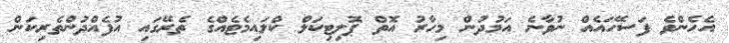
އެހެންވެ ފަސޭހައެއް ނުވާނެ އަމުދުން މިހާރު އޮތް ޕޮލިޓިކަލް ކްލައިމެޓެއްގެ ތެރޭގައި އުފެއްދުންތެރިކަން